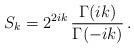
LaTeX: \begin{align*}S_k=2^{2ik}\,\frac{\Gamma(ik)}{\Gamma(-ik)}\,.\end{align*}